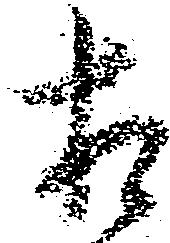
相